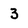
Character: 3